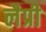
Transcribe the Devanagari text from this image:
लैप्री